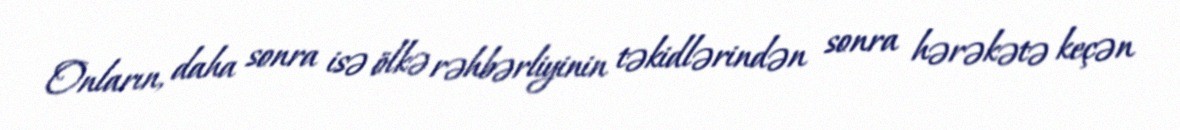
Onların, daha sonra isə ölkə rəhbərliyinin təkidlərindən sonra hərəkətə keçən